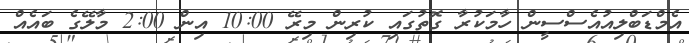
އެމްޑަބްލިއުއެސްސީން ހާމަކުރާ ގޮތުގައި ކުރިން މިރޭ 10:00 އިން 2:00 މާލޭގެ ބައެއް